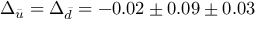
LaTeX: \Delta _ { \bar { u } } = \Delta _ { \bar { d } } = - 0 . 0 2 \pm 0 . 0 9 \pm 0 . 0 3